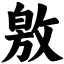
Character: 敫